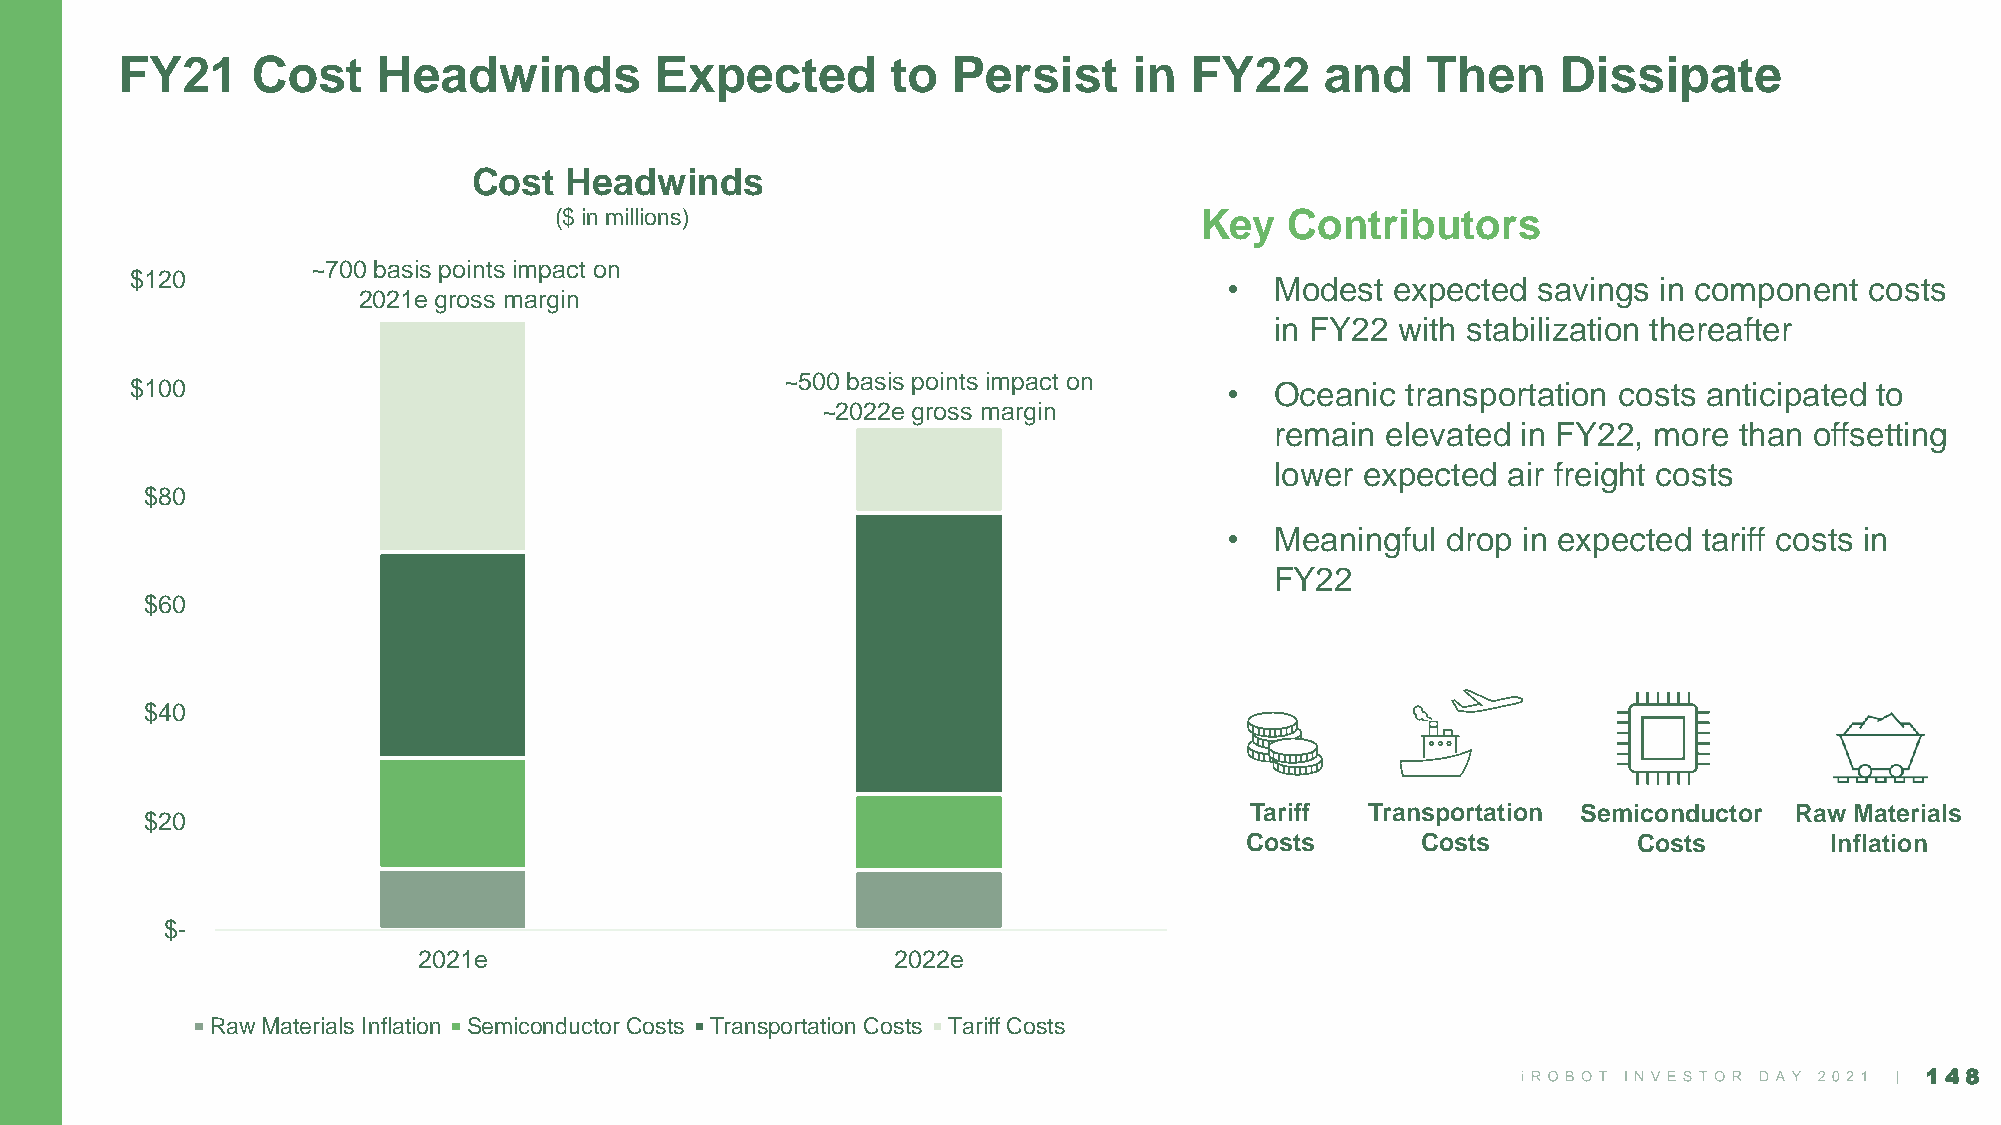
FY21     Cost    Headwinds         Expected        to  Persist     in  FY22     and   Then     Dissipate
 Cost  Headwinds
 ($ in millions)                           Key   Contributors
 ~700 basis points impact on
 $120
 •  Modest  expected  savings in component  costs
 2021e gross margin
 in FY22  with stabilization thereafter
 $100                                       ~500 basis points impact on  •  Oceanic  transportation costs anticipated to
 ~2022e gross margin
 remain  elevated in FY22, more than offsetting
 lower expected  air freight costs
 $80
 •  Meaningful  drop in expected tariff costs in
 FY22
 $60
 $40
 Tariff  Transportation Semiconductor Raw Materials
 $20
 Costs       Costs         Costs        Inflation
 $-
 2021e                          2022e
 Raw Materials Inflation Semiconductor Costs Transportation Costs Tariff Costs
 148